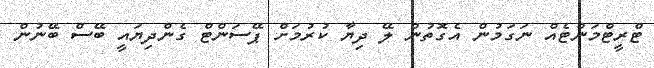
ޓްރީޓްމަންޓެއް ނަގަމުން އެގޮތުން ލޭ ދިޔާ ކުރުމަށް ޕޭސަންޓް ގެންދިޔައީ ބޭސް ބޭނުން